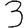
Digit: 3